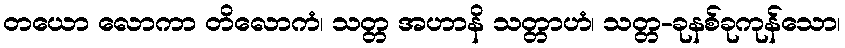
တယော လောကာ တိလောကံ၊ သတ္တ အဟာနိ သတ္တာဟံ၊ သတ္တ-ခုနစ်ခုကုန်သော၊